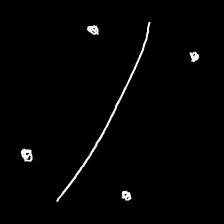
Glyph: cool